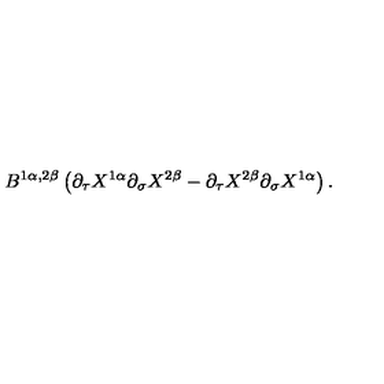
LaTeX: B ^ { 1 \alpha , 2 \beta } \left( \partial _ { \tau } X ^ { 1 \alpha } \partial _ { \sigma } X ^ { 2 \beta } - \partial _ { \tau } X ^ { 2 \beta } \partial _ { \sigma } X ^ { 1 \alpha } \right) .